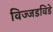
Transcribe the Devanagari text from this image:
विज्जडविडे